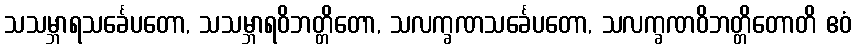
သသမ္ဘာရသင်္ခေပတော, သသမ္ဘာရဝိဘတ္တိတော, သလက္ခဏသင်္ခေပတော, သလက္ခဏဝိဘတ္တိတောတိ ဧဝံ